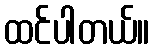
ထင်ပါတယ်။